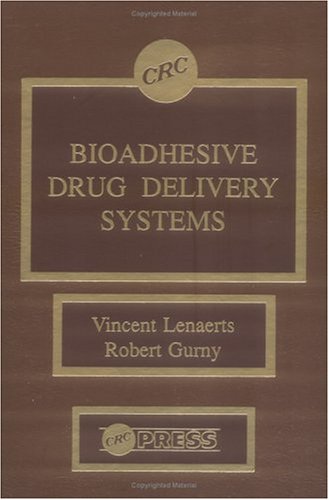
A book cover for Bioadhesive Drug Delivery Systems; Vincent M. Lenaerts; Medical Books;